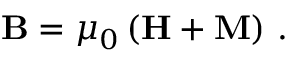
\mathbf { B } = \mu _ { 0 } \left( \mathbf { H } + \mathbf { M } \right) \, .